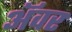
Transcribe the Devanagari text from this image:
अॅवर